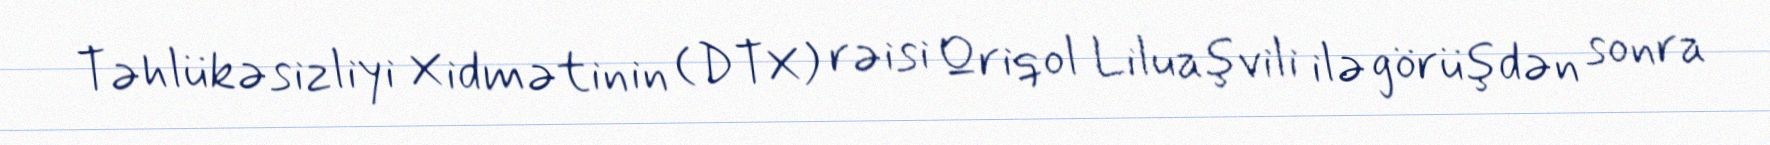
Təhlükəsizliyi Xidmətinin (DTX) rəisi Qriqol Liluaşvili ilə görüşdən sonra